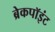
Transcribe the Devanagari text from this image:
ब्रेकपॉइंट